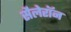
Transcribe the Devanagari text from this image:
सैलेरॉन